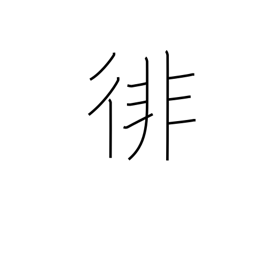
Meaning: wander